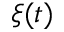
\xi ( t )